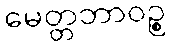
မေတ္တဘာဝဉ္စ